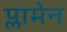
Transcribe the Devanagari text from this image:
प्लामेन